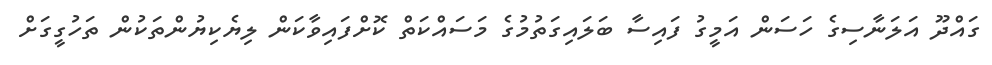
ގައްދޫ އަލަނާސިގެ ހަސަން އަމީގު ފައިސާ ބަލައިގަތުމުގެ މަސައްކަތް ކޮށްފައިވާކަން ލިޔެކިޔުންތަކުން ތަހުގީގަށް